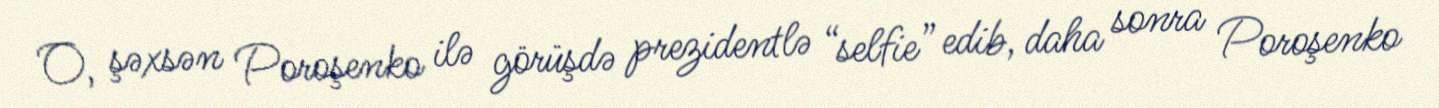
O, şəxsən Poroşenko ilə görüşdə prezidentlə “selfie” edib, daha sonra Poroşenko